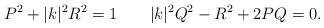
LaTeX: \begin{align*}P^2+|k|^2R^2=1\qquad |k|^2 Q^2 -R^2+2PQ=0.\end{align*}